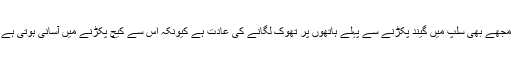
انہوں نے کہا کہ فيلڈرز کے لئے بھی اس پرعمل کرنا مشکل ہو جائے گا جیسا بریٹ لی نے بتایا، مجھے بھی سلپ میں گیند پکڑنے سے پہلے ہاتھوں پر تھوک لگانے کی عادت ہے کیونکہ اس سے کیچ پکڑنے میں آسانی ہوتی ہے، آپ اگر رکی پونٹنگ جیسے کھلاڑیوں کو دیکھیں تو وہ اکثر اپنے ہاتھوں میں تھوک لگاتے تھے۔